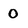
Character: 0